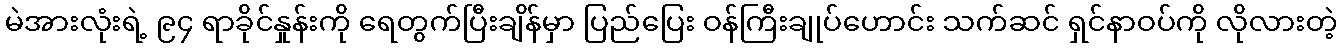
မဲအားလုံးရဲ့ ၉၄ ရာခိုင်နှုန်းကို ရေတွက်ပြီးချိန်မှာ ပြည်ပြေး ဝန်ကြီးချုပ်ဟောင်း သက်ဆင် ရှင်နာဝပ်ကို လိုလားတဲ့